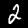
Label: 2